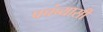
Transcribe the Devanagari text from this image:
पचंब्यासी